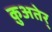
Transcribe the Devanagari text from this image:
क़ुअतेर्